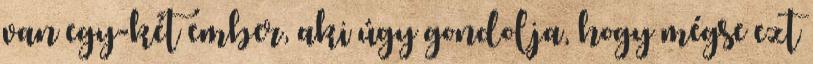
van egy-két ember, aki úgy gondolja, hogy mégse ezt